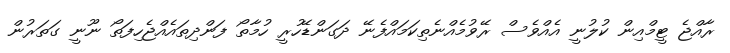
ރާއްޖެ ޓީމްއިން ކުލުނީ އެއްވެސް ރޭވުމެއްނެތިކަމައްފެނޭ ދަގަންޑޭހުރީ ހުމާތޯ ފަންދިތައެއްޖެހިފަތޯ ނޫނީ ގަތަރުން